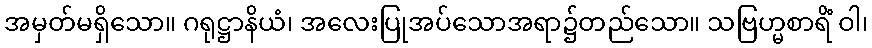
အမှတ်မရှိသော။ ဂရုဋ္ဌာနိယံ၊ အလေးပြုအပ်သောအရာ၌တည်သော။ သဗြဟ္မစာရိံ ဝါ၊